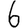
Digit: 6